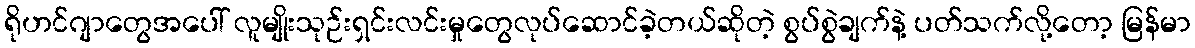
ရိုဟင်ဂျာတွေအပေါ် လူမျိုးသုဉ်းရှင်းလင်းမှုတွေလုပ်ဆောင်ခဲ့တယ်ဆိုတဲ့ စွပ်စွဲချက်နဲ့ ပတ်သက်လို့တော့ မြန်မာ